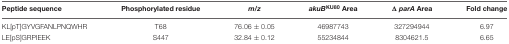
<table><thead><tr><td><b>Peptide sequence</b></td><td><b>Phosphorylated residue</b></td><td><b><i>m/z</i></b></td><td><b><i>akuB</i><sup>KU80</sup> Area</b></td><td><b>Δ <i>parA</i> Area</b></td><td><b>Fold change</b></td></tr></thead><tbody><tr><td>KL[pT]GYVGFANLPNQWHR</td><td>T68</td><td>76.06 ± 0.05</td><td>46987743</td><td>327294944</td><td>6.97</td></tr><tr><td>LE[pS]GRPIEEK</td><td>S447</td><td>32.84 ± 0.12</td><td>55234844</td><td>8304621.5</td><td>6.65</td></tr></tbody></table>